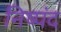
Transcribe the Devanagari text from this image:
निष्पंद